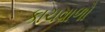
કાચવાળો